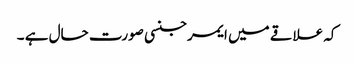
کہ علاقے میں ایمرجنسی صورت حال ہے ۔